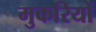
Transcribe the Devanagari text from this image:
मुकरियों